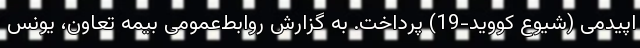
اپیدمی (شیوع کووید-19) پرداخت. به گزارش روابط‌عمومی بیمه تعاون، یونس